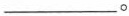
___。